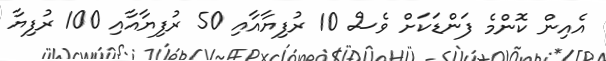
އެއިން ކޮންމެ ފަންޑަކަށް ވެސް 10 ރުފިޔާއާއި 50 ރުފިޔާއާއި 100 ރުފިޔާ